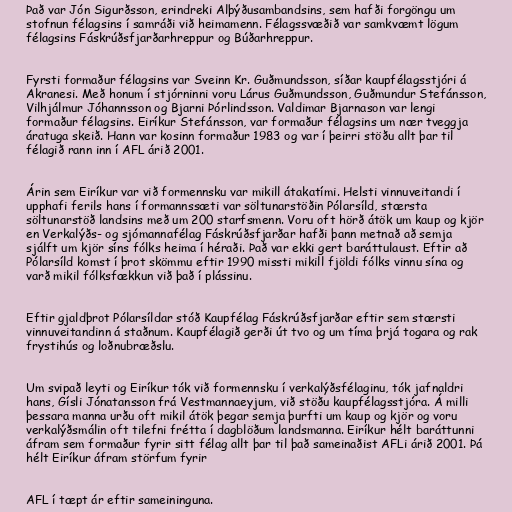
Það var Jón Sigurðsson, erindreki Alþýðusambandsins, sem hafði forgöngu um
stofnun félagsins í samráði við heimamenn. Félagssvæðið var samkvæmt lögum
félagsins Fáskrúðsfjarðarhreppur og Búðarhreppur.

Fyrsti formaður félagsins var Sveinn Kr. Guðmundsson, síðar kaupfélagsstjóri á
Akranesi. Með honum í stjórninni voru Lárus Guðmundsson, Guðmundur Stefánsson,
Vilhjálmur Jóhannsson og Bjarni Þórlindsson. Valdimar Bjarnason var lengi
formaður félagsins. Eiríkur Stefánsson, var formaður félagsins um nær tveggja
áratuga skeið. Hann var kosinn formaður 1983 og var í þeirri stöðu allt þar til
félagið rann inn í AFL árið 2001.

Árin sem Eiríkur var við formennsku var mikill átakatími. Helsti vinnuveitandi í
upphafi ferils hans í formannssæti var söltunarstöðin Pólarsíld, stærsta
söltunarstöð landsins með um 200 starfsmenn. Voru oft hörð átök um kaup og kjör
en Verkalýðs- og sjómannafélag Fáskrúðsfjarðar hafði þann metnað að semja
sjálft um kjör síns fólks heima í héraði. Það var ekki gert baráttulaust. Eftir að
Pólarsíld komst í þrot skömmu eftir 1990 missti mikill fjöldi fólks vinnu sína og
varð mikil fólksfækkun við það í plássinu.

Eftir gjaldþrot Pólarsíldar stóð Kaupfélag Fáskrúðsfjarðar eftir sem stærsti
vinnuveitandinn á staðnum. Kaupfélagið gerði út tvo og um tíma þrjá togara og rak
frystihús og loðnubræðslu.

Um svipað leyti og Eiríkur tók við formennsku í verkalýðsfélaginu, tók jafnaldri
hans, Gísli Jónatansson frá Vestmannaeyjum, við stöðu kaupfélagsstjóra. Á milli
þessara manna urðu oft mikil átök þegar semja þurfti um kaup og kjör og voru
verkalýðsmálin oft tilefni frétta í dagblöðum landsmanna. Eiríkur hélt baráttunni
áfram sem formaður fyrir sitt félag allt þar til það sameinaðist AFLi árið 2001. Þá
hélt Eiríkur áfram störfum fyrir

AFL í tæpt ár eftir sameininguna.